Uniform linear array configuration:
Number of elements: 16
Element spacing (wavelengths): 0.75
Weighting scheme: hann
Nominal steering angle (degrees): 30
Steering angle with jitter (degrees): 30.705
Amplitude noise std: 0.05
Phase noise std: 0.05

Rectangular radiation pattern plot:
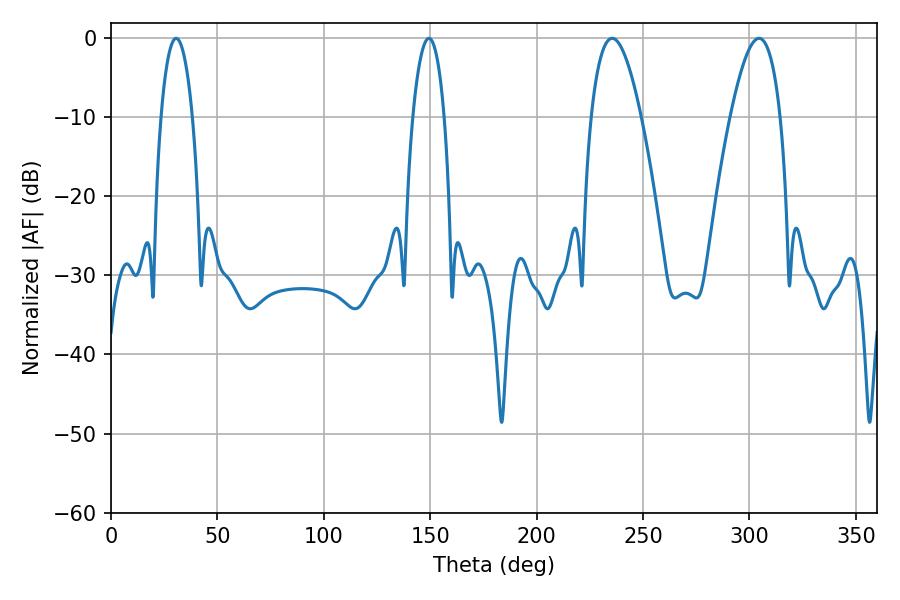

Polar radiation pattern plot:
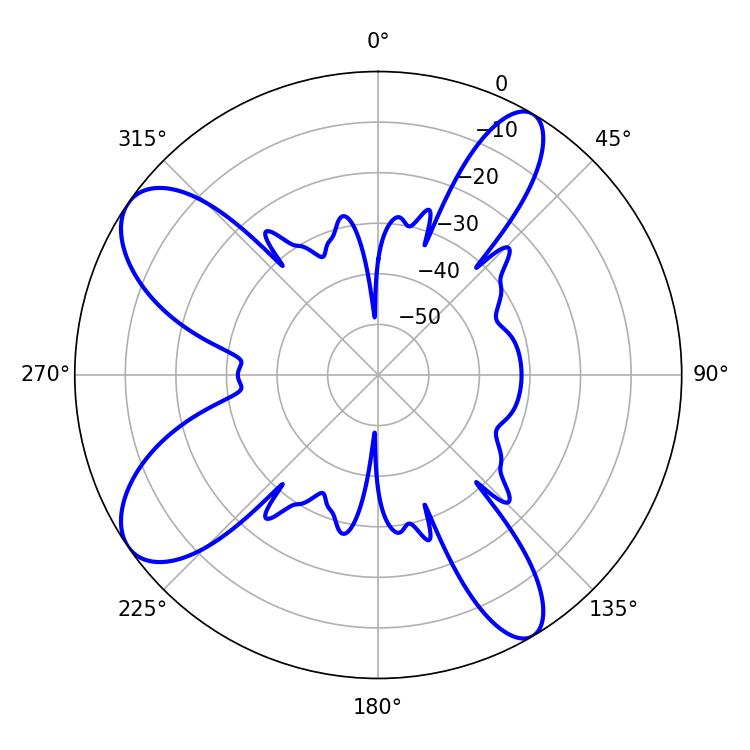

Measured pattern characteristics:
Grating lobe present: TRUE
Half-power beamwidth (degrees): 8.28
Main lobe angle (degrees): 149.4